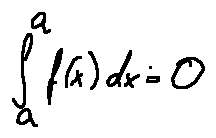
\int \limits _ { a } ^ { a } f ( x ) d x = 0